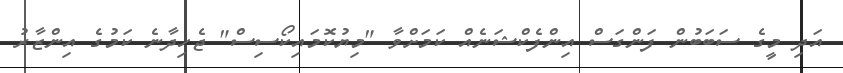
އަދި މީގެ ސަބަބުން ފަންގަސް އިންފެކްޝަނެއް ކަމަށްވާ "މިޔުކޮމައިކޯސިސް" ޖެހިދާނެ ކަމުގެ އިންޒާރު